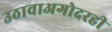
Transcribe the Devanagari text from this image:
उठावाअगोदरही